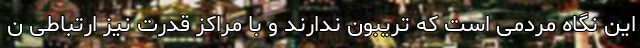
این نگاه مردمی است که تریبون ندارند و با مراکز قدرت نیز ارتباطی ن